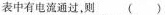
表中有电流通过，则 ()